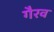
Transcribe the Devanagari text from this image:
गैरव